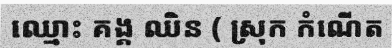
ឈ្មោះ គង្គ ឈិន ( ស្រុក កំណើត